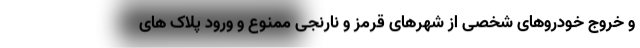
و خروج خودروهای شخصی از شهرهای قرمز و نارنجی ممنوع و ورود پلاک های